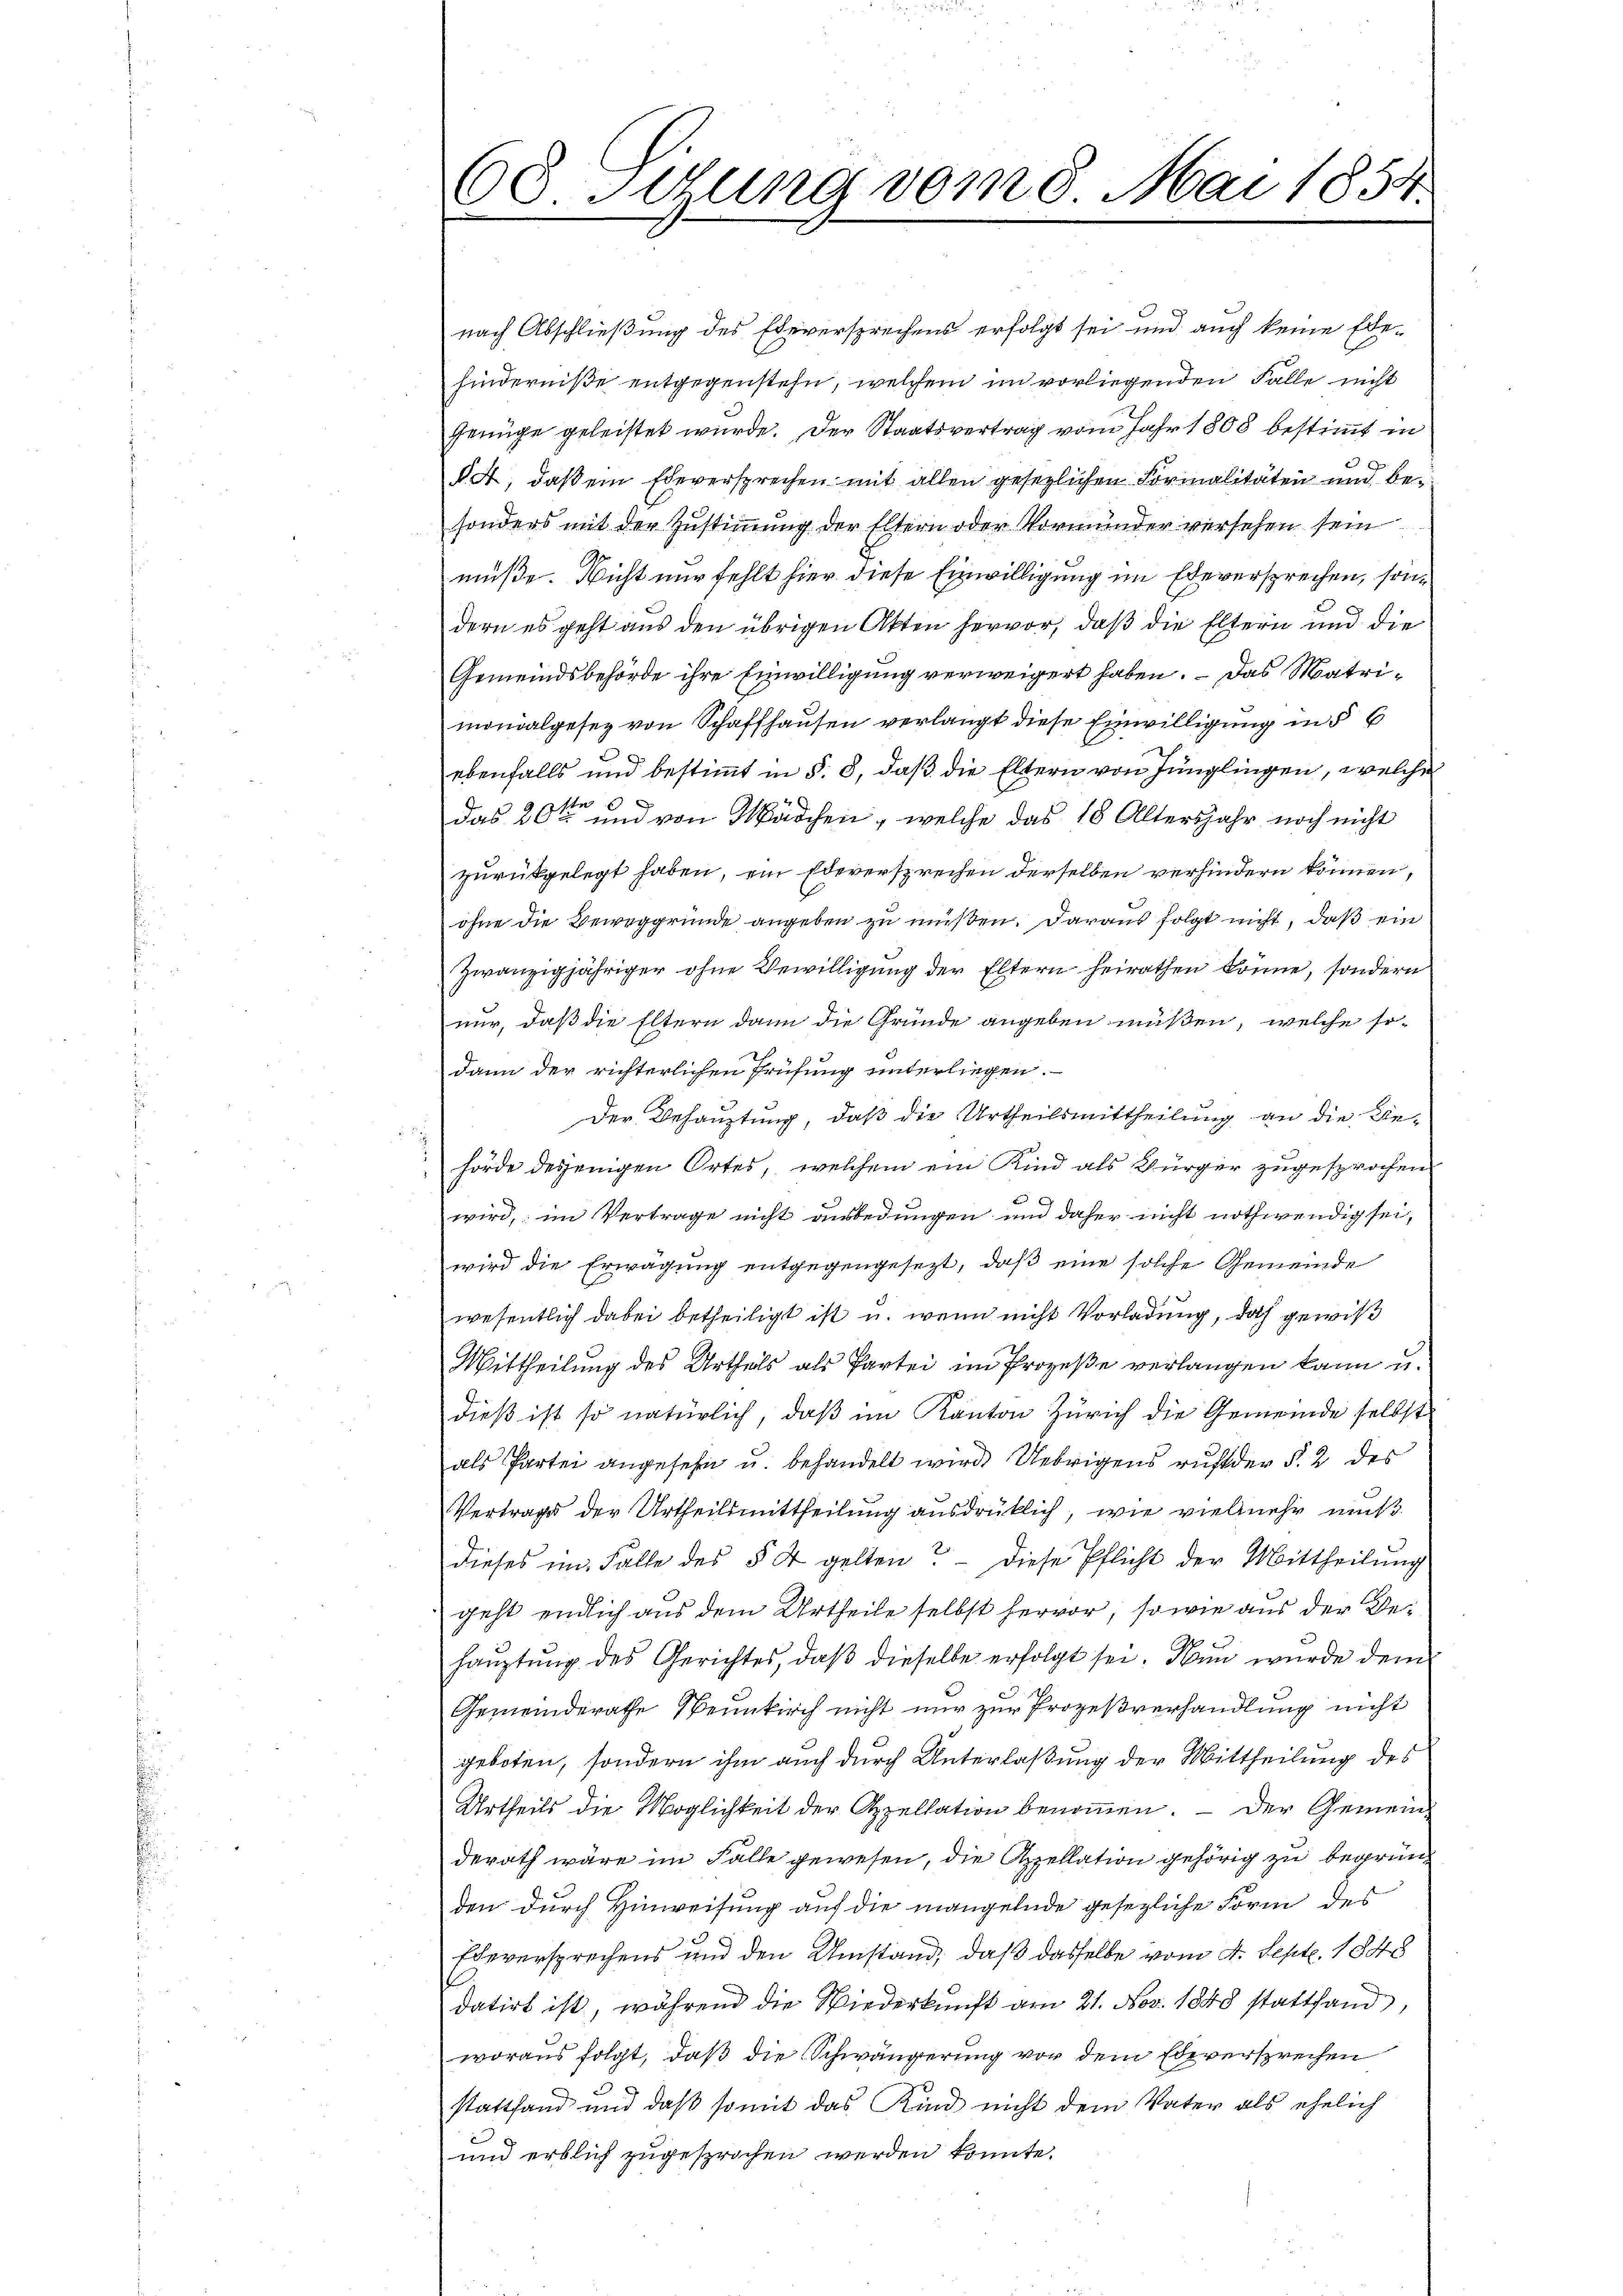
608. Stung vom 8. Mai 1854.

nach Abschließung des Eheversprechens erfolgt sei und auch keine Ehehinderniße entgegenstehe, welchem in vorliegenden Falle nicht
Genüge geleistet wurde. Der Staatsvertrag vom Jahr 1808 bestimmt in
dat, daß ein Eheversprechen mit allen gesezlichen Formalitäten und besonders mit der Zustimmung der Eltern oder Vormünder versehen sein
müße. Nicht nur fehlt hier diese Einwilligung im Eheversprechen, sondern es geht aus den übrigen Akten hervor, daß die Eltern und die
Gemeindsbehörde ihre Einwilligung verweigert haben. – Das Matrimonialgesez von Schaffhausen verlangt diese Einwilligung in E
ebenfalls und bestimmt in §. 8, daß die Eltern von Jünglingen, welche
das 20ten und von Mädchen, welche das 18 Altersjahr noch nicht
zurückgelegt haben, ein Edeversprechen derselben verhindern können,
ohne die Beweggrunde angeben zu müßen. Daraus folgt nicht, daß ein
zwanzigjähriger ohne Bewilligung der Eltern heirathen könne, sondern
nur, daß die Eltern dann die Gründe angeben müßen, welche sodann der richterlichen Prüfung unterliegen.
Der Behauptung, daß die Urtheilsmittheilung an die Behörde desjenigen Ortes, welchem ein Kind als Bürger zugesprochen
wird, im Vertrage nicht ausbedungen und daher nicht nothwendig sei,
wird die Erwägŭng entgegengesezt, daβ eine solche Gemeinde
wesentlich dabei betheiligt ist u. wenn nicht Vorladung, doch gewiß
Mittheilŭng des Urtheils als Partei im Prozeβe verlangen kann u.
dieß ist so natürlich, daß im Kanton Zürich die Gemeinde selbst
als Partei angesehen u. behandelt wird Uebrigens ruht der § 2 des
Vertrages der Urtheilsmittheilung ausdrüklich, wie vielmehr muß
dieses im Falle des § 4 gelten? Diese Pflicht der Mittheilung
geht endlich aus dem Urtheile selbst hervor, so wie aus der Behaŭptŭng des Gerichtes, daβ dieselbe erfolgt sei. Nun wurde dem
Gemeinderathe Neunkirch nicht nur zur Prozeßverhandlung nicht
geboten, sondern ihm auch durch Unterlaßung der Mittheilung des
Urtheils die Möglichkeit der Appellation benommen. — Der Gemeinderath wäre im Falle gewesen, die Appellation gehörig zu begrün
den durch Hinweisung auf die mangelnde gesezliche Form des
Ebeversprechens und den Umstand, daß dasselbe vom 4. Sept. 1848
datirt ist, während die Wiederkunft am 21. Nov. 1840 stattfand,
woraus folgt, daß die Schwängerung vor dem Eheversprechen
stattfand und daß somit das Kind nicht dem Vater als ehelich
und erblich zugesprochen werden könnte.